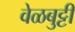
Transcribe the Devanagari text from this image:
वेळबुट्टी